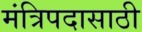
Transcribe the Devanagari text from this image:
मंत्रिपदासाठी